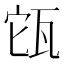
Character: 㼠